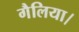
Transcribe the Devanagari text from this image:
गैलिया।